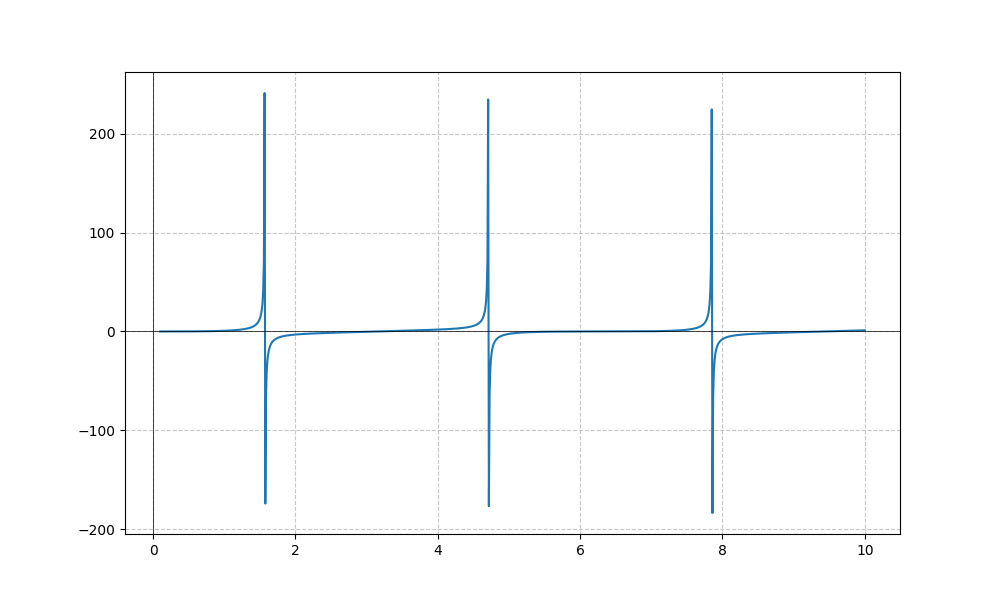
LaTeX formula: - \sin{\left(x \right)} + \tan{\left(x \right)}